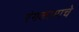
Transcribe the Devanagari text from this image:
रंगकामाचे